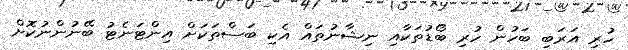
ހުރި އަރަބި ބަހުން ހުރި ބޯޑުތަކާއި ނިޝާނުތައް އެކި ބަސްތަކަށް އިންޓަނެޓު ބޭނުންނުކޮށް